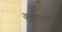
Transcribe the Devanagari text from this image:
कांचनगंगाला